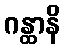
ဂန္ထာနိ